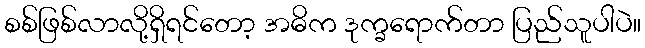
စစ်ဖြစ်လာလို့ရှိရင်တော့ အဓိက ဒုက္ခရောက်တာ ပြည်သူပါပဲ။